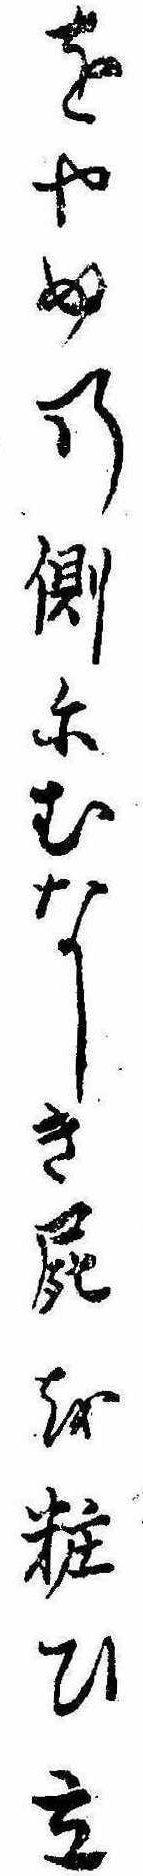
をやめの側にむなしき屍を粧ひ立